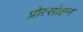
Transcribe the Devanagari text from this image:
प्रोत्साेहन